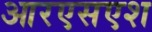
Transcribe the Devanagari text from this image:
आरएसएश